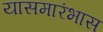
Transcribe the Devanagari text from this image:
यासमारंभास